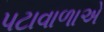
પટાવાળાએ